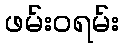
ဖမ်းဝရမ်း